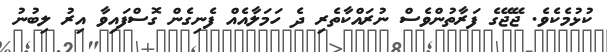
ކުޅުމެކެވެ. ޖޭޖޭގެ ފަރާތުންވެސް ނުރައްކާތެރި ދެ ހަމަލާއެއް ފެނިގެން ގޮސްފައިވާ އިރު ލިބުނު